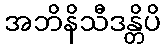
အဘိနိသီဒန္တိပိ